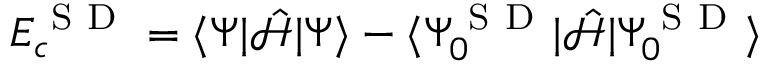
E _ { c } ^ { \mathrm { ~ S ~ D ~ } } = \langle \Psi | \hat { \mathcal { H } } | \Psi \rangle - \langle \Psi _ { 0 } ^ { \mathrm { ~ S ~ D ~ } } | \hat { \mathcal { H } } | \Psi _ { 0 } ^ { \mathrm { ~ S ~ D ~ } } \rangle